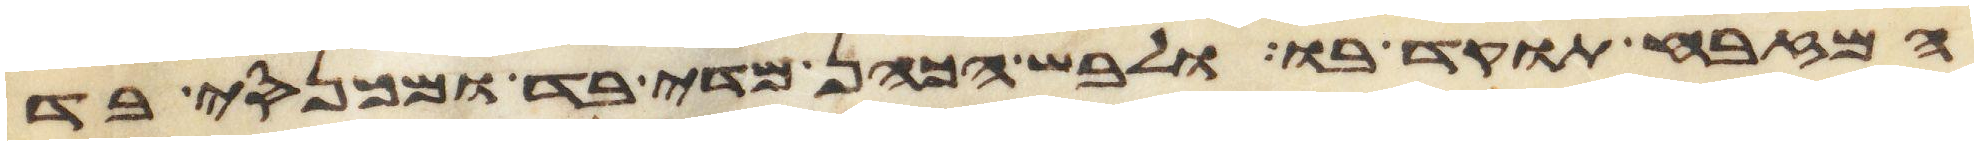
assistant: המזבח תוקד בו ולבש הכהן מדי בד ומכנסי בד